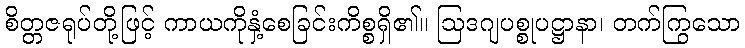
စိတ္တဇရုပ်တို့ဖြင့် ကာယကိုနှံ့စေခြင်းကိစ္စရှိ၏။ ဩဒဂျပစ္စုပဋ္ဌာနာ၊ တက်ကြွသော